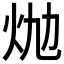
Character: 𤇉